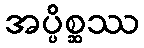
အပ္ပိစ္ဆဿ